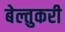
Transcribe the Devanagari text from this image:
बेल्तुकरी